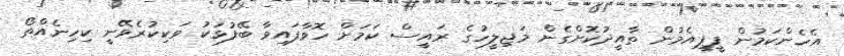
އެހެންކަމުން ޕީޕީއެމުން ތާއީދުކޮށްގެން މަޖިލީހުގެ ރައީސް ކަމަށް ހޮވާފައިވާ ބޭފުޅަކު ވަކިކުރެވޭނީ ކިހިނެއްތޯ